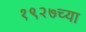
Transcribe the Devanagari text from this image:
१९२७च्या